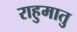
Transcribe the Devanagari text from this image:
राहुमातु